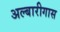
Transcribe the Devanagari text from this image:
अल्बारीगास